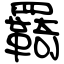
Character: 羇